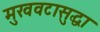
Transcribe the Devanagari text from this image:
मुखवटासुद्धा